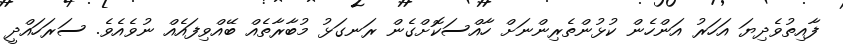
ފާއިތުވެދިޔަ އަހަރު އަންހެން ކުޅުންތެރިންނަށް ހާއްސަކޮށްގެން ރަނގަޅު މުބާރާތެއް ބޭއްވިފައެއް ނުވެއެވެ. ސަރަހައްދީ